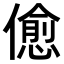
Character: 𠏚